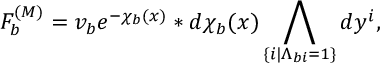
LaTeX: F _ { b } ^ { ( { \cal M } ) } = v _ { b } e ^ { - \chi _ { b } ( x ) } \ast d \chi _ { b } ( x ) \bigwedge _ { \{ i | \Lambda _ { b i } = 1 \} } d y ^ { i } ,